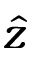
\hat { z }